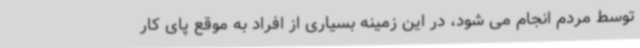
توسط مردم انجام می شود، در این زمینه بسیاری از افراد به موقع پای کار